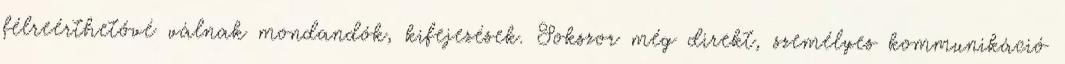
félreérthetővé válnak mondandók, kifejezések. Sokszor még direkt, személyes kommunikáció